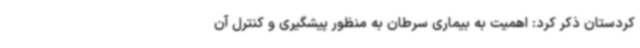
کردستان ذکر کرد: اهمیت به بیماری سرطان به منظور پیشگیری و کنترل آن